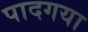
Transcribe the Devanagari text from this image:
पादगया